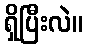
ရှိပြီးလဲ။